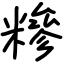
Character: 糝